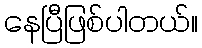
နေပြီဖြစ်ပါတယ်။